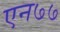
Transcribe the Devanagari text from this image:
एन७७